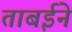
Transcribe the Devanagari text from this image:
ताबईने